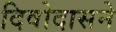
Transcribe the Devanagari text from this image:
दिवोदासने